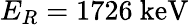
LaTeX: E_{R}=1726~\mathrm{keV}